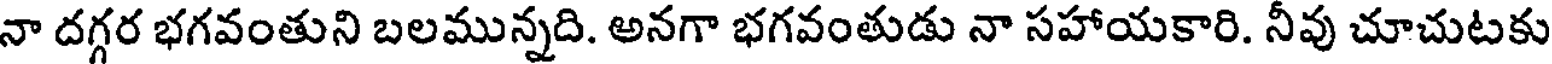
నా దగ్గర భగవంతుని బలమున్నది. అనగా భగవంతుడు నా సహాయకారి. నీవు చూచుటకు